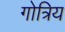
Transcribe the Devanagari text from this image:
गोत्रिय